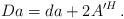
LaTeX: \begin{align*} D a = d a + 2 A^{\prime H} \, .\end{align*}